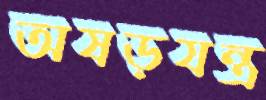
অষড়যন্ত্র